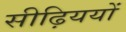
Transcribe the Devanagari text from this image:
सीढ़िययों